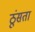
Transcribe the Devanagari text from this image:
ठूंसता